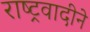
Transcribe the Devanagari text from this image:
राष्ट्रवादीने